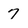
Character: 7